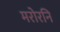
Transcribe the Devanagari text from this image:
मरोरनि